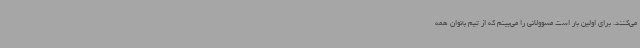
می‌کنند. برای اولین بار است مسوولانی را می‌بینم که از تیم بانوان همه